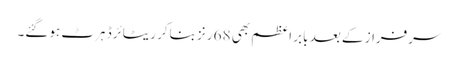
سرفراز کے بعد بابر اعظم بھی 68 رنز بناکر ریٹائرڈ ہرٹ ہوگئے۔